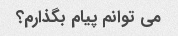
می توانم پیام بگذارم؟